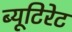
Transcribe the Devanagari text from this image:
ब्यूटिरेट